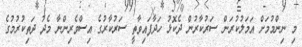
މި ނިންމުމަށް އަމަލުކުރަން ސަރުކާރުން ދެކޮޅު ހަދާފައިވާތީ ސަރުކާރުގެ އިސްވެރިންނާ މެދު ދަތިކުރުމުގެ